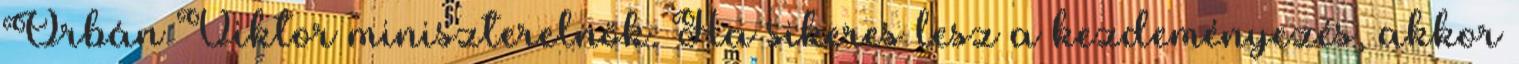
Orbán Viktor miniszterelnök. Ha sikeres lesz a kezdeményezés, akkor